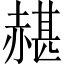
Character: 𧹱